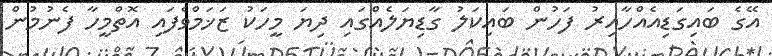
އޭގެ ބައިގަޑިއެއްހާއިރު ފަހުން ބައިކަލު ގާޑިޔަލެއްގައި ދިޔަ މީހަކު ޒަޚަމްވެފައި އޮތްމީހާ ފެނުމުން